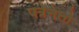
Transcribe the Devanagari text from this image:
पत्रेनेतो